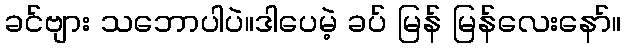
ခင်ဗျား သဘောပါပဲ။ဒါပေမဲ့ ခပ် မြန် မြန်လေးနော်။